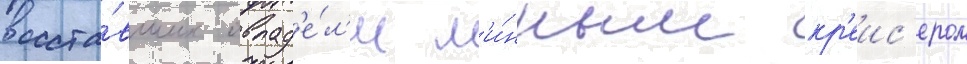
восста́вших овлад'е́л'и м'и́нным кр'еис'ером